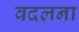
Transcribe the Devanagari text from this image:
वदलना